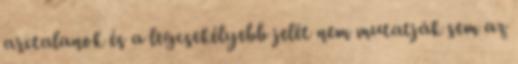
arctalanok és a legcsekélyebb jelét nem mutatják sem az